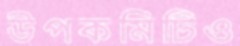
উপকমিটিও